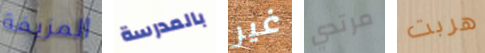
المزيفة بالمدرسة غير مرتدي هربت